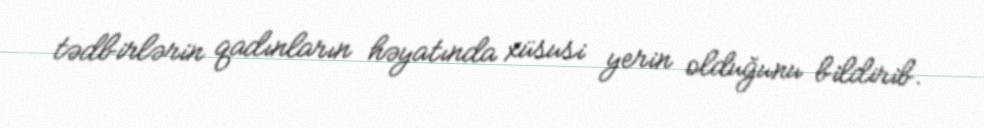
tədbirlərin qadınların həyatında xüsusi yerin olduğunu bildirib.